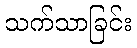
သက်သာခြင်း